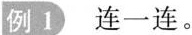
例1 连--连。